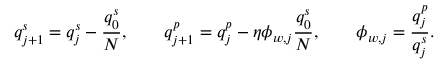
q _ { j + 1 } ^ { s } = q _ { j } ^ { s } - \frac { q _ { 0 } ^ { s } } { N } , \qquad q _ { j + 1 } ^ { p } = q _ { j } ^ { p } - \eta \phi _ { w , j } \frac { q _ { 0 } ^ { s } } { N } , \qquad \phi _ { w , j } = \frac { q _ { j } ^ { p } } { q _ { j } ^ { s } } .